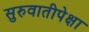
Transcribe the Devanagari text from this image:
सुरुवातीपेक्षा